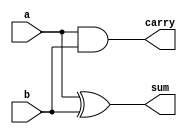
//Dataflow modelling
module half_adder(a,b,sum,carry);
input a,b;
output sum, carry;

assign sum=a^b;
assign carry=a&b;

endmodule